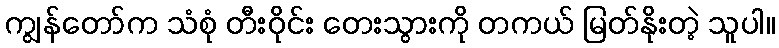
ကျွန်တော်က သံစုံ တီးဝိုင်း တေးသွားကို တကယ် မြတ်နိုးတဲ့ သူပါ။